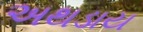
અથડાય